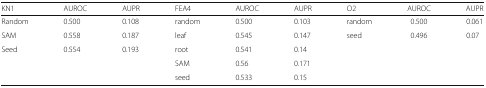
| KN1 | AUROC | AUPR | FEA4 | AUROC | AUPR | O2 | AUROC | AUPR |
 | --- | --- | --- | --- | --- | --- | --- | --- | --- |
 | Random | 0.500 | 0.108 | random | 0.500 | 0.103 | random | 0.500 | 0.061 |
 | SAM | 0.558 | 0.187 | leaf | 0.545 | 0.147 | seed | 0.496 | 0.07 |
 | Seed | 0.554 | 0.193 | root | 0.541 | 0.14 |  |  |  |
 |  |  |  | SAM | 0.56 | 0.171 |  |  |  |
 |  |  |  | seed | 0.533 | 0.15 |  |  |  |